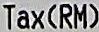
TAX(RM)